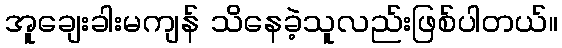
အူချေးခါးမကျန် သိနေခဲ့သူလည်းဖြစ်ပါတယ်။